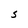
Character: S